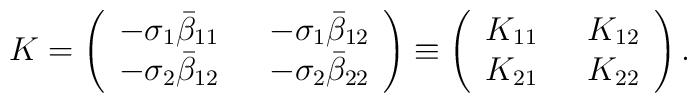
K=\left(\begin{array}{ll}-\sigma_1\bar\beta_{11} &\ \ -\sigma_1\bar\beta_{12}\\ -\sigma_2\bar\beta_{12} &\ \ -\sigma_2\bar\beta_{22}\end{array}\right) \equiv\left(\begin{array}{ll}K_{11} &\ \ K_{12}\\                         K_{21} &\ \ K_{22}\end{array}\right).